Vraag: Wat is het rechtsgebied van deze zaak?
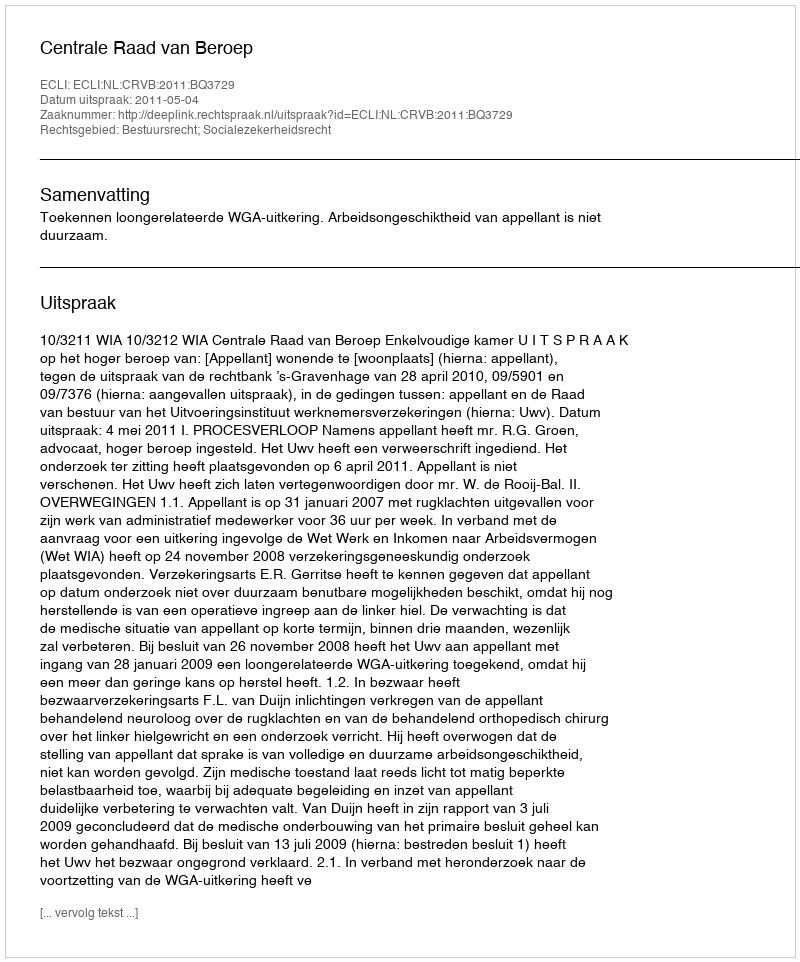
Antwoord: Bestuursrecht; Socialezekerheidsrecht